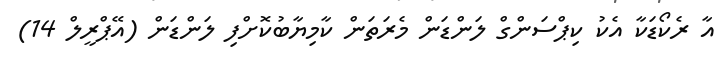
އާ ރެކޯޑަކާ އެކު ކިޕްސަންގް ލަންޑަން މެރަތަން ކާމިޔާބުކޮށްފި ލަންޑަން (އޭޕްރީލް 14)